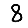
Digit: 8